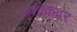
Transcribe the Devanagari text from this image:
अशोकवर